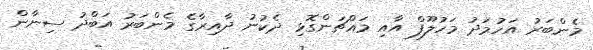
މެންބަރު އަހުމަދު މަހުލޫފް އާއި މައްޗަންގޮޅި ދެކުނު ދާއިރާގެ މެންބަރު އަބްދު ސިނާން